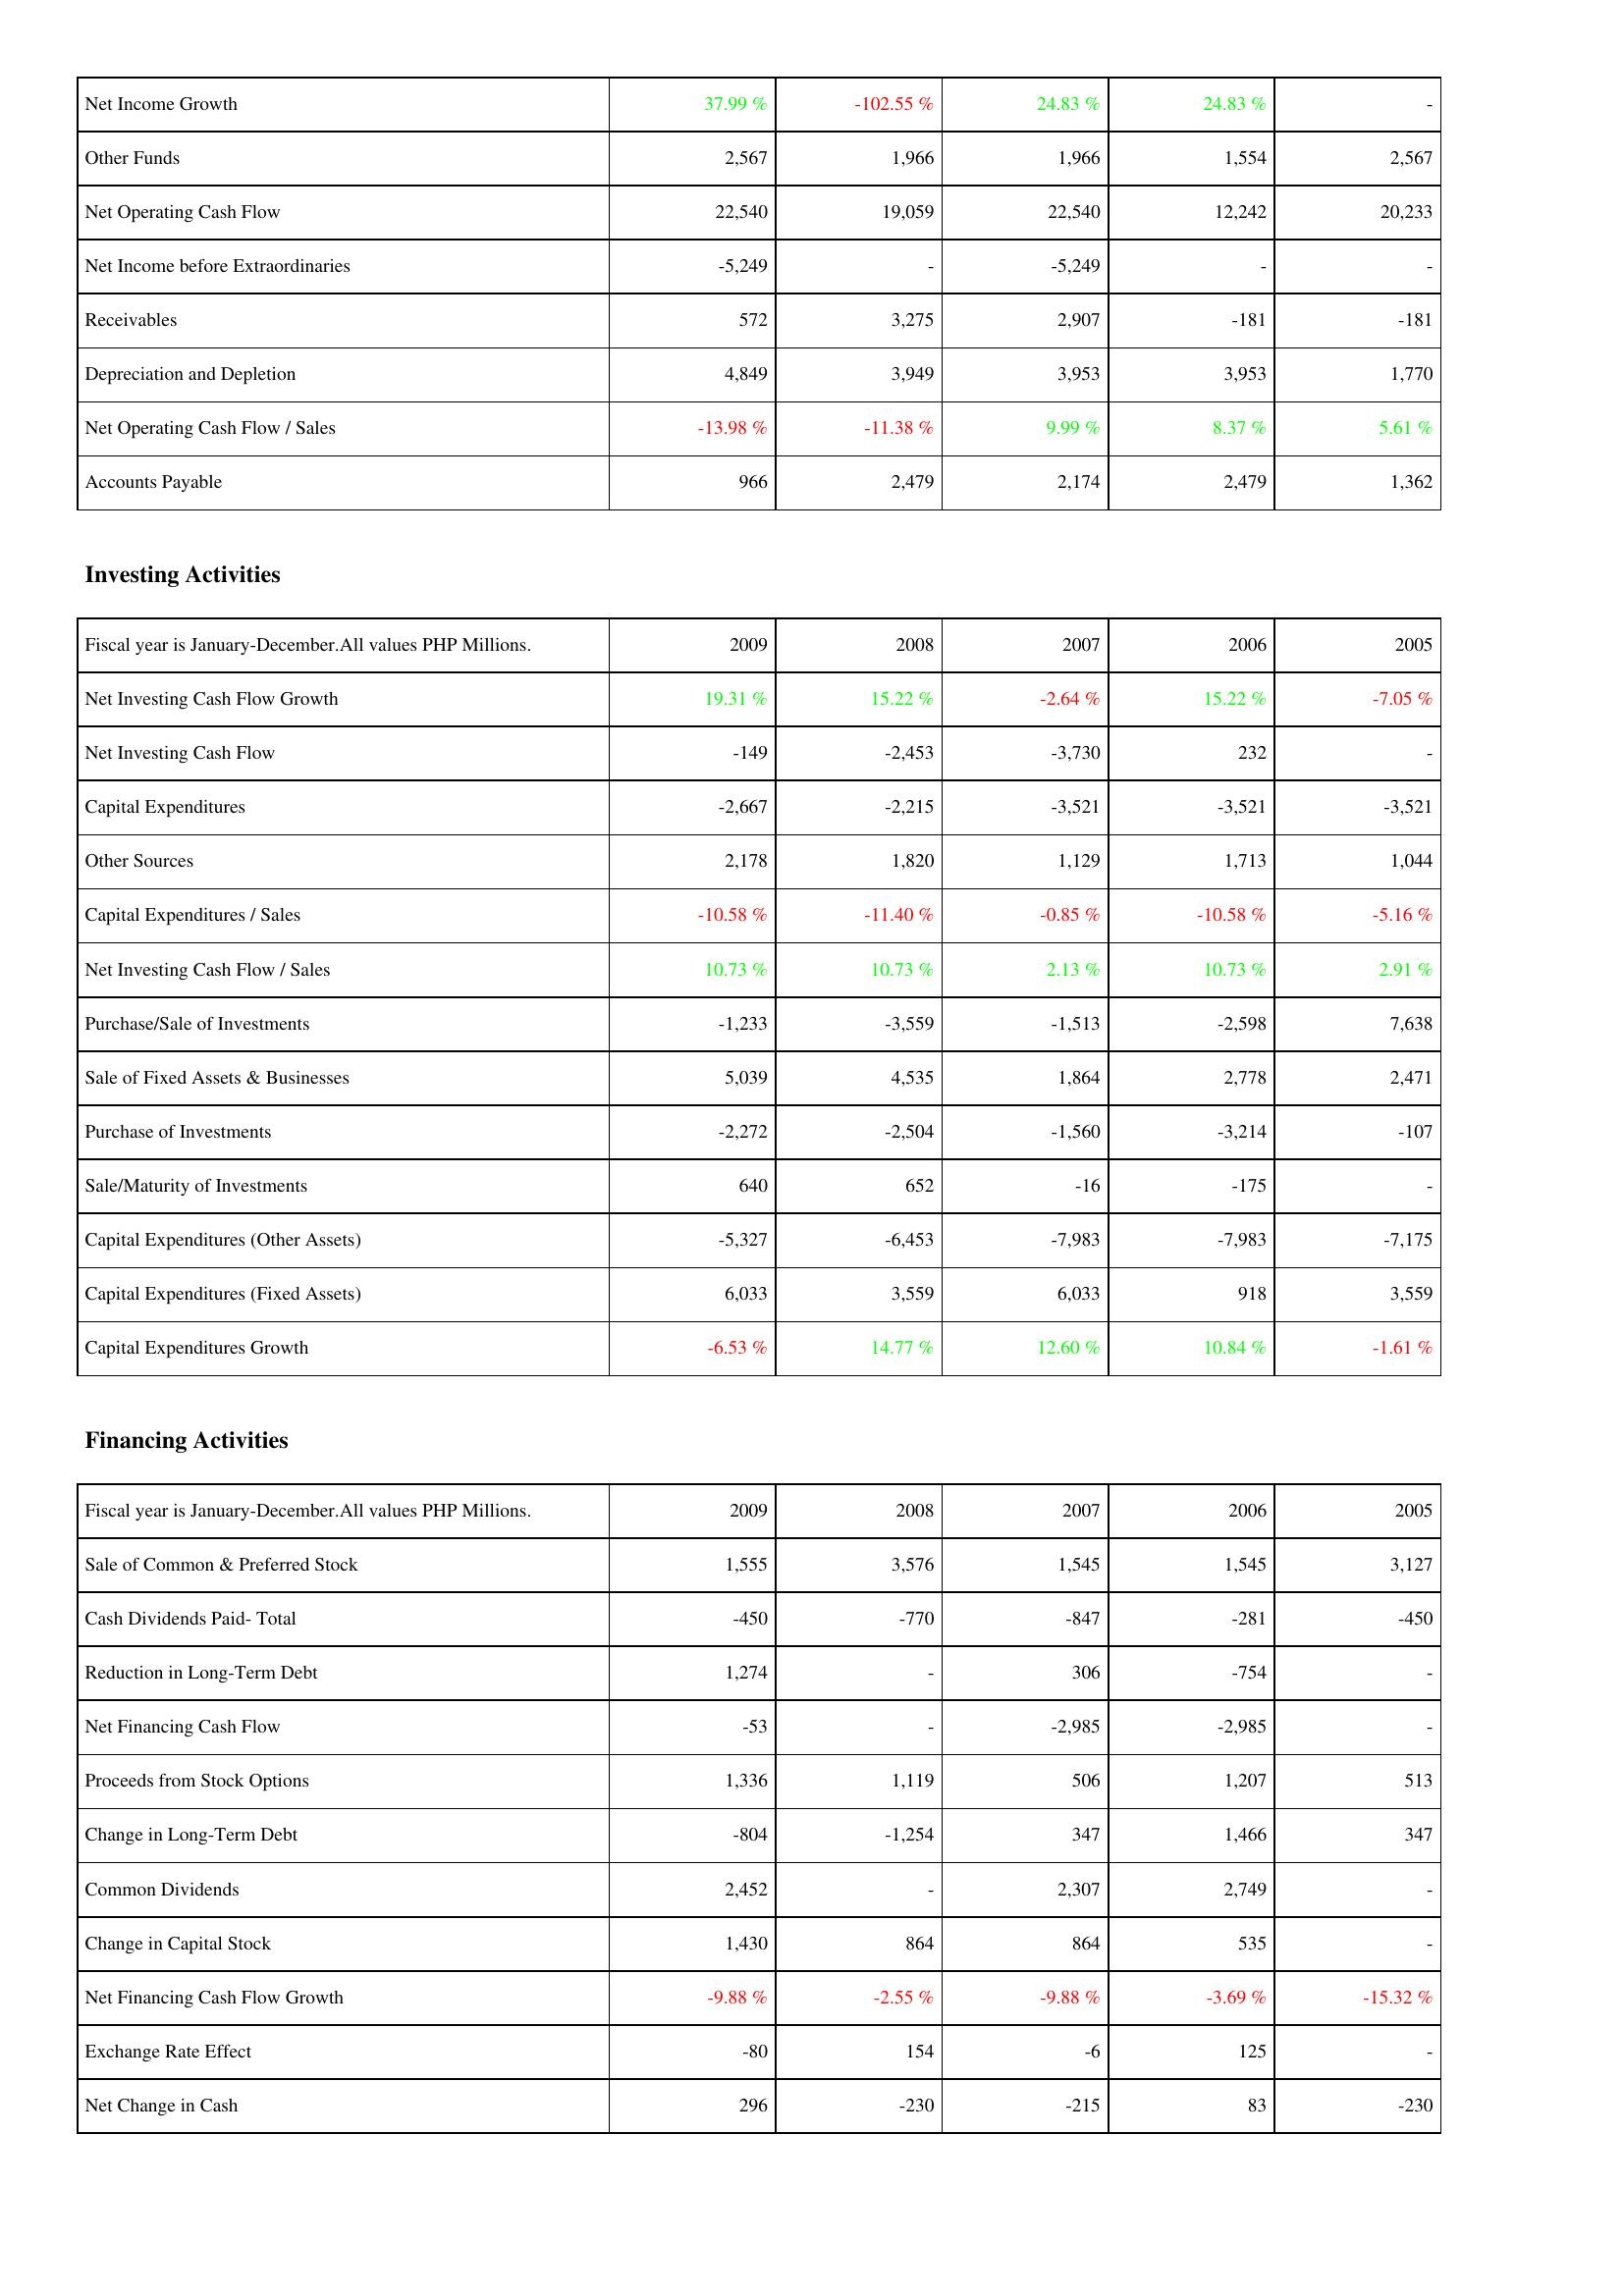
2009: Operating Activities: Net Income Growth: 37.99 %
Other Funds: 2,567
Net Operating Cash Flow: 22,540
Net Income before Extraordinaries: -5,249
Receivables: 572
Depreciation and Depletion: 4,849
Net Operating Cash Flow / Sales: -13.98 %
Accounts Payable: 966
Investing Activities: Net Investing Cash Flow Growth: 19.31 %
Net Investing Cash Flow: -149
Capital Expenditures: -2,667
Other Sources: 2,178
Capital Expenditures / Sales: -10.58 %
Net Investing Cash Flow / Sales: 10.73 %
Purchase/Sale of Investments: -1,233
Sale of Fixed Assets & Businesses: 5,039
Purchase of Investments: -2,272
Sale/Maturity of Investments: 640
Capital Expenditures (Other Assets): -5,327
Capital Expenditures (Fixed Assets): 6,033
Capital Expenditures Growth: -6.53 %
Financing Activities: Sale of Common & Preferred Stock: 1,555
Cash Dividends Paid- Total: -450
Reduction in Long-Term Debt: 1,274
Net Financing Cash Flow: -53
Proceeds from Stock Options: 1,336
Change in Long-Term Debt: -804
Common Dividends: 2,452
Change in Capital Stock: 1,430
Net Financing Cash Flow Growth: -9.88 %
Exchange Rate Effect: -80
Net Change in Cash: 296
2008: Operating Activities: Net Income Growth: -102.55 %
Other Funds: 1,966
Net Operating Cash Flow: 19,059
Net Income before Extraordinaries: -
Receivables: 3,275
Depreciation and Depletion: 3,949
Net Operating Cash Flow / Sales: -11.38 %
Accounts Payable: 2,479
Investing Activities: Net Investing Cash Flow Growth: 15.22 %
Net Investing Cash Flow: -2,453
Capital Expenditures: -2,215
Other Sources: 1,820
Capital Expenditures / Sales: -11.40 %
Net Investing Cash Flow / Sales: 10.73 %
Purchase/Sale of Investments: -3,559
Sale of Fixed Assets & Businesses: 4,535
Purchase of Investments: -2,504
Sale/Maturity of Investments: 652
Capital Expenditures (Other Assets): -6,453
Capital Expenditures (Fixed Assets): 3,559
Capital Expenditures Growth: 14.77 %
Financing Activities: Sale of Common & Preferred Stock: 3,576
Cash Dividends Paid- Total: -770
Reduction in Long-Term Debt: -
Net Financing Cash Flow: -
Proceeds from Stock Options: 1,119
Change in Long-Term Debt: -1,254
Common Dividends: -
Change in Capital Stock: 864
Net Financing Cash Flow Growth: -2.55 %
Exchange Rate Effect: 154
Net Change in Cash: -230
2007: Operating Activities: Net Income Growth: 24.83 %
Other Funds: 1,966
Net Operating Cash Flow: 22,540
Net Income before Extraordinaries: -5,249
Receivables: 2,907
Depreciation and Depletion: 3,953
Net Operating Cash Flow / Sales: 9.99 %
Accounts Payable: 2,174
Investing Activities: Net Investing Cash Flow Growth: -2.64 %
Net Investing Cash Flow: -3,730
Capital Expenditures: -3,521
Other Sources: 1,129
Capital Expenditures / Sales: -0.85 %
Net Investing Cash Flow / Sales: 2.13 %
Purchase/Sale of Investments: -1,513
Sale of Fixed Assets & Businesses: 1,864
Purchase of Investments: -1,560
Sale/Maturity of Investments: -16
Capital Expenditures (Other Assets): -7,983
Capital Expenditures (Fixed Assets): 6,033
Capital Expenditures Growth: 12.60 %
Financing Activities: Sale of Common & Preferred Stock: 1,545
Cash Dividends Paid- Total: -847
Reduction in Long-Term Debt: 306
Net Financing Cash Flow: -2,985
Proceeds from Stock Options: 506
Change in Long-Term Debt: 347
Common Dividends: 2,307
Change in Capital Stock: 864
Net Financing Cash Flow Growth: -9.88 %
Exchange Rate Effect: -6
Net Change in Cash: -215
2006: Operating Activities: Net Income Growth: 24.83 %
Other Funds: 1,554
Net Operating Cash Flow: 12,242
Net Income before Extraordinaries: -
Receivables: -181
Depreciation and Depletion: 3,953
Net Operating Cash Flow / Sales: 8.37 %
Accounts Payable: 2,479
Investing Activities: Net Investing Cash Flow Growth: 15.22 %
Net Investing Cash Flow: 232
Capital Expenditures: -3,521
Other Sources: 1,713
Capital Expenditures / Sales: -10.58 %
Net Investing Cash Flow / Sales: 10.73 %
Purchase/Sale of Investments: -2,598
Sale of Fixed Assets & Businesses: 2,778
Purchase of Investments: -3,214
Sale/Maturity of Investments: -175
Capital Expenditures (Other Assets): -7,983
Capital Expenditures (Fixed Assets): 918
Capital Expenditures Growth: 10.84 %
Financing Activities: Sale of Common & Preferred Stock: 1,545
Cash Dividends Paid- Total: -281
Reduction in Long-Term Debt: -754
Net Financing Cash Flow: -2,985
Proceeds from Stock Options: 1,207
Change in Long-Term Debt: 1,466
Common Dividends: 2,749
Change in Capital Stock: 535
Net Financing Cash Flow Growth: -3.69 %
Exchange Rate Effect: 125
Net Change in Cash: 83
2005: Operating Activities: Net Income Growth: -
Other Funds: 2,567
Net Operating Cash Flow: 20,233
Net Income before Extraordinaries: -
Receivables: -181
Depreciation and Depletion: 1,770
Net Operating Cash Flow / Sales: 5.61 %
Accounts Payable: 1,362
Investing Activities: Net Investing Cash Flow Growth: -7.05 %
Net Investing Cash Flow: -
Capital Expenditures: -3,521
Other Sources: 1,044
Capital Expenditures / Sales: -5.16 %
Net Investing Cash Flow / Sales: 2.91 %
Purchase/Sale of Investments: 7,638
Sale of Fixed Assets & Businesses: 2,471
Purchase of Investments: -107
Sale/Maturity of Investments: -
Capital Expenditures (Other Assets): -7,175
Capital Expenditures (Fixed Assets): 3,559
Capital Expenditures Growth: -1.61 %
Financing Activities: Sale of Common & Preferred Stock: 3,127
Cash Dividends Paid- Total: -450
Reduction in Long-Term Debt: -
Net Financing Cash Flow: -
Proceeds from Stock Options: 513
Change in Long-Term Debt: 347
Common Dividends: -
Change in Capital Stock: -
Net Financing Cash Flow Growth: -15.32 %
Exchange Rate Effect: -
Net Change in Cash: -230